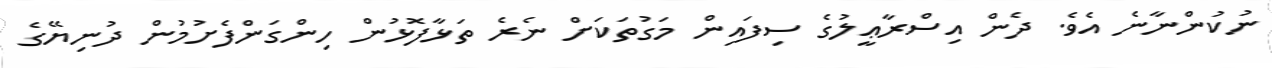
ނުކުންނާނެ އެވެ. ދެން އިސްރާޢީލުގެ ސިފައިން މަގުތަކަށް ނެރެ ތަޅާފޮޅުން ހިންގަންފެށުމުން ދުނިޔޭގެ